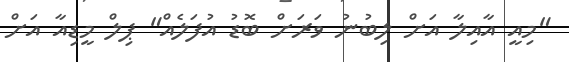
"މިއީ އާއިލާ އަށް ލިބުނު ވަރަށް ބޮޑު އުފަލެއް" ޕިލް މީޑިއާ އަށް